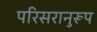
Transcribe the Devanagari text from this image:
परिसरानुरूप